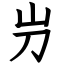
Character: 屶